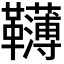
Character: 𩍿